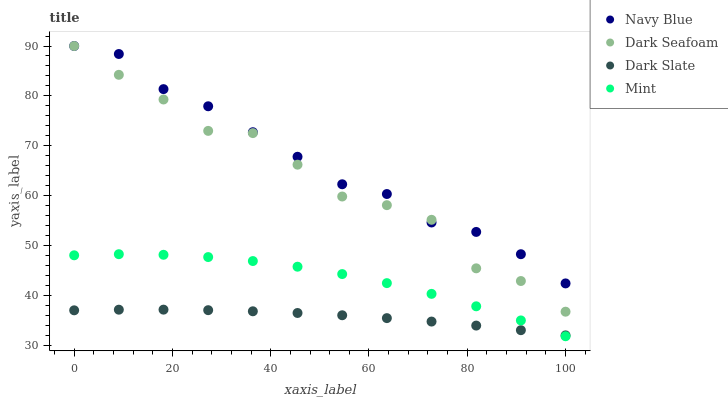
| xaxis_label | Navy Blue | Dark Seafoam | Dark Slate | Mint |
 | --- | --- | --- | --- | --- |
 | 0 | 90 | 90 | 37.1 | 48.1 |
 | 9.09 | 88.4 | 84.2 | 37.2 | 48.3 |
 | 18.2 | 81.4 | 79.3 | 37.2 | 48.2 |
 | 27.3 | 77.9 | 73 | 37.1 | 47.7 |
 | 36.4 | 72.7 | 72.6 | 36.9 | 46.9 |
 | 45.5 | 67.8 | 66.2 | 36.5 | 45.8 |
 | 54.5 | 62.3 | 59.9 | 36.1 | 44.3 |
 | 63.6 | 60.4 | 58.1 | 35.5 | 42.5 |
 | 72.7 | 54.7 | 55.2 | 34.8 | 40.4 |
 | 81.8 | 52.8 | 45.5 | 34 | 37.9 |
 | 90.9 | 48.3 | 42.9 | 33.1 | 35.1 |
 | 100 | 42.5 | 36.8 | 32.1 | 31.9 |